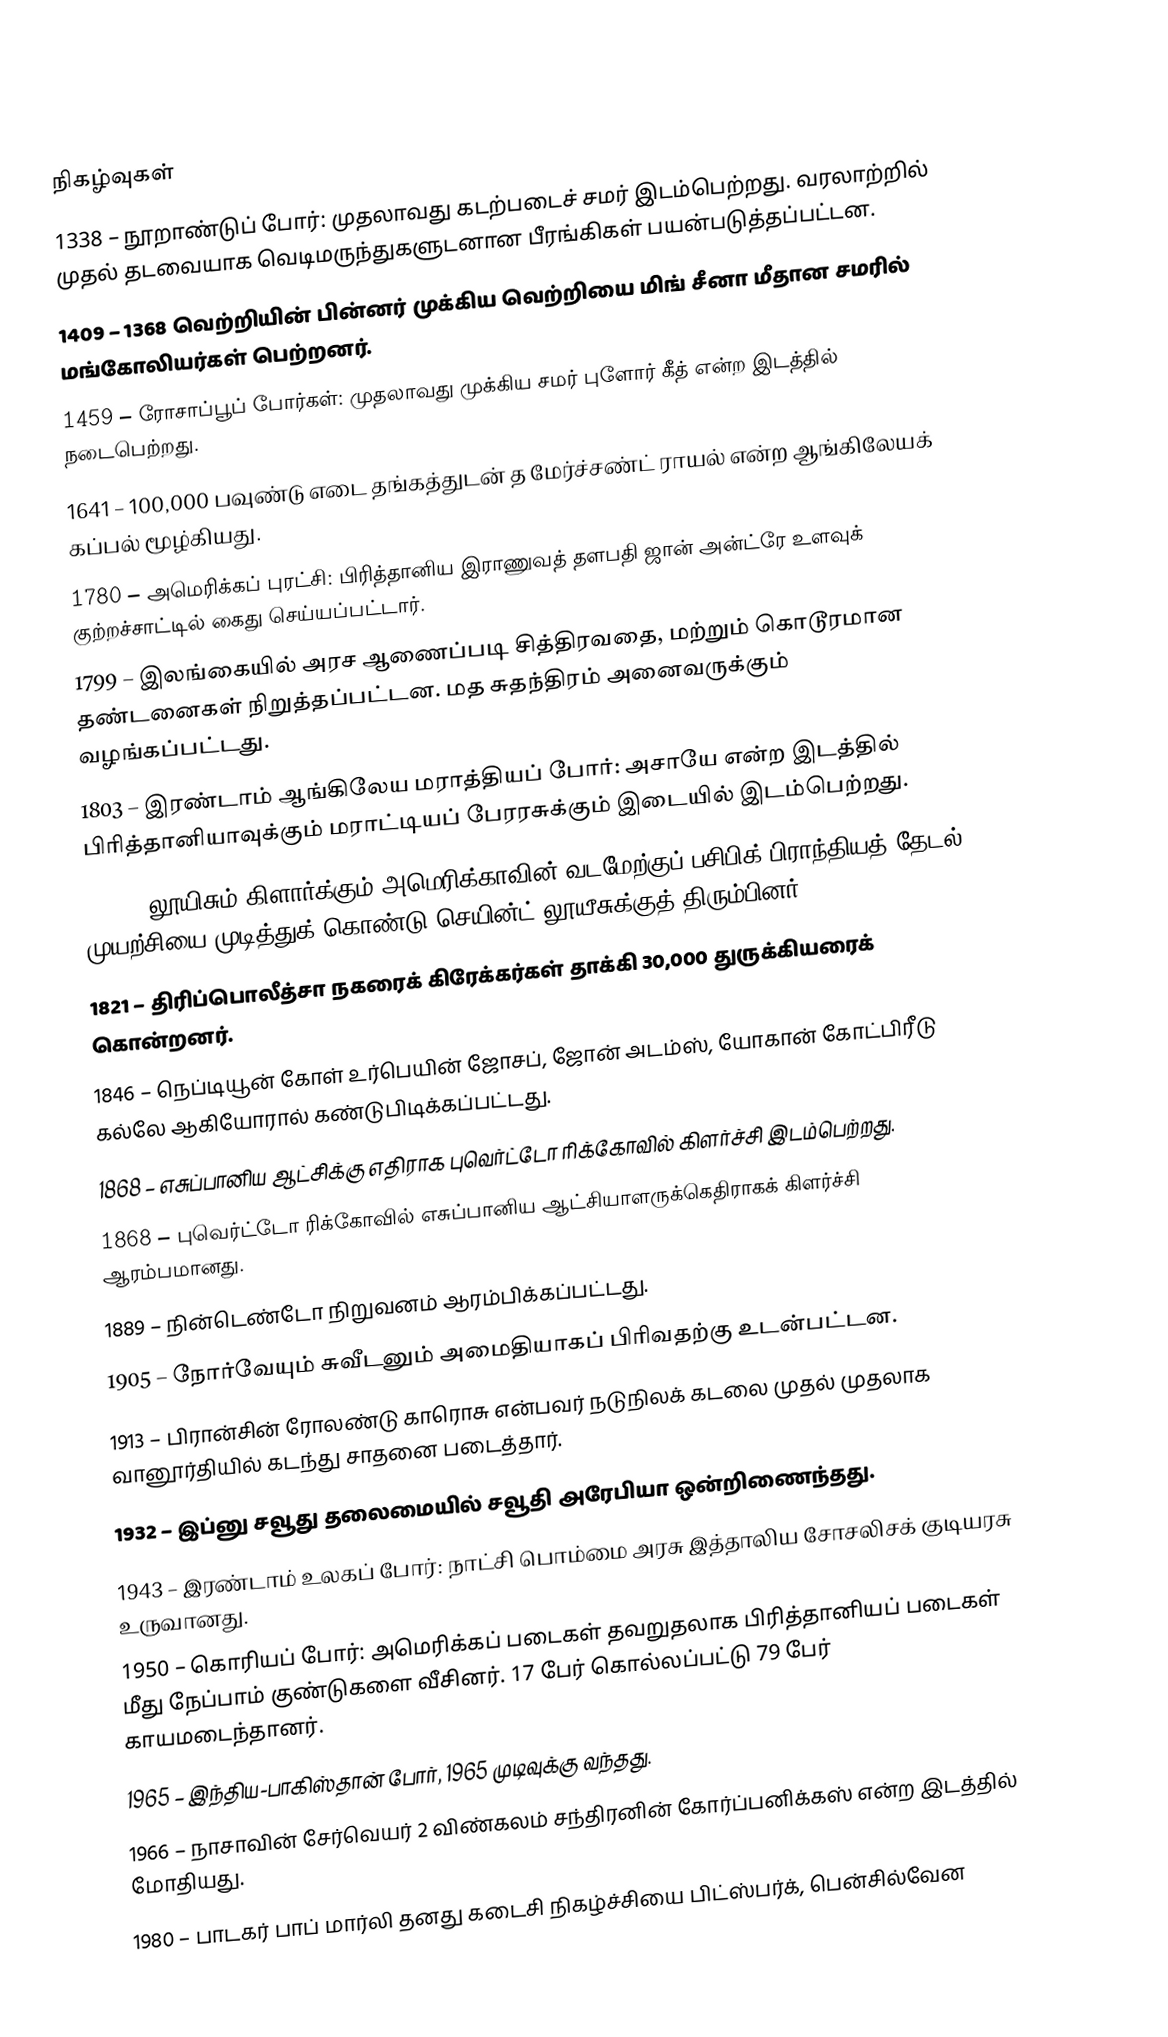

நிகழ்வுகள்
1338 – நூறாண்டுப் போர்: முதலாவது கடற்படைச் சமர் இடம்பெற்றது. வரலாற்றில் முதல் தடவையாக வெடிமருந்துகளுடனான பீரங்கிகள் பயன்படுத்தப்பட்டன.
1409 – 1368 வெற்றியின் பின்னர் முக்கிய வெற்றியை மிங் சீனா மீதான சமரில் மங்கோலியர்கள் பெற்றனர்.
1459 – ரோசாப்பூப் போர்கள்: முதலாவது முக்கிய சமர் புளோர் கீத் என்ற இடத்தில் நடைபெற்றது.
1641 – 100,000 பவுண்டு எடை தங்கத்துடன் த மேர்ச்சண்ட் ராயல் என்ற ஆங்கிலேயக் கப்பல் மூழ்கியது.
1780 – அமெரிக்கப் புரட்சி: பிரித்தானிய இராணுவத் தளபதி ஜான் அன்ட்ரே உளவுக் குற்றச்சாட்டில் கைது செய்யப்பட்டார்.
1799 – இலங்கையில் அரச ஆணைப்படி சித்திரவதை, மற்றும் கொடூரமான தண்டனைகள் நிறுத்தப்பட்டன. மத சுதந்திரம் அனைவருக்கும் வழங்கப்பட்டது.
1803 – இரண்டாம் ஆங்கிலேய மராத்தியப் போர்: அசாயே என்ற இடத்தில் பிரித்தானியாவுக்கும் மராட்டியப் பேரரசுக்கும் இடையில் இடம்பெற்றது.
1806 – லூயிசும் கிளார்க்கும் அமெரிக்காவின் வடமேற்குப் பசிபிக் பிராந்தியத் தேடல் முயற்சியை முடித்துக் கொண்டு செயின்ட் லூயீசுக்குத் திரும்பினர்.
1821 – திரிப்பொலீத்சா நகரைக் கிரேக்கர்கள் தாக்கி 30,000 துருக்கியரைக் கொன்றனர்.
1846 – நெப்டியூன் கோள் உர்பெயின் ஜோசப், ஜோன் அடம்ஸ், யோகான் கோட்பிரீடு கல்லே ஆகியோரால் கண்டுபிடிக்கப்பட்டது.
1868 – எசுப்பானிய ஆட்சிக்கு எதிராக புவெர்ட்டோ ரிக்கோவில் கிளர்ச்சி இடம்பெற்றது.
1868 – புவெர்ட்டோ ரிக்கோவில் எசுப்பானிய ஆட்சியாளருக்கெதிராகக் கிளர்ச்சி ஆரம்பமானது.
1889 – நின்டெண்டோ நிறுவனம் ஆரம்பிக்கப்பட்டது.
1905 – நோர்வேயும் சுவீடனும் அமைதியாகப் பிரிவதற்கு உடன்பட்டன.
1913 – பிரான்சின் ரோலண்டு காரொசு என்பவர் நடுநிலக் கடலை முதல் முதலாக வானூர்தியில் கடந்து சாதனை படைத்தார்.
1932 – இப்னு சவூது தலைமையில் சவூதி அரேபியா ஒன்றிணைந்தது.
1943 – இரண்டாம் உலகப் போர்: நாட்சி பொம்மை அரசு இத்தாலிய சோசலிசக் குடியரசு உருவானது.
1950 – கொரியப் போர்: அமெரிக்கப் படைகள் தவறுதலாக பிரித்தானியப் படைகள் மீது நேப்பாம் குண்டுகளை வீசினர். 17 பேர் கொல்லப்பட்டு 79 பேர் காயமடைந்தானர்.
1965 – இந்திய-பாகிஸ்தான் போர், 1965 முடிவுக்கு வந்தது.
1966 – நாசாவின் சேர்வெயர் 2 விண்கலம் சந்திரனின் கோர்ப்பனிக்கஸ் என்ற இடத்தில் மோதியது.
1980 – பாடகர் பாப் மார்லி தனது கடைசி நிகழ்ச்சியை பிட்ஸ்பர்க், பென்சில்வேன